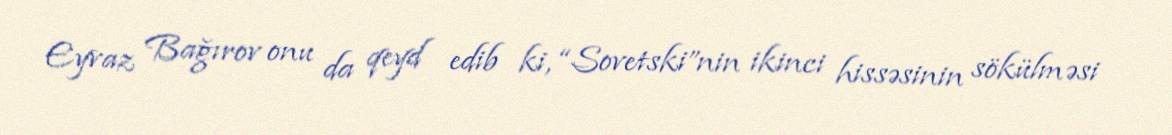
Eyvaz Bağırov onu da qeyd edib ki, “Sovetski”nin ikinci hissəsinin sökülməsi